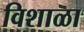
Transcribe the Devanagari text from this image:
विशाळा